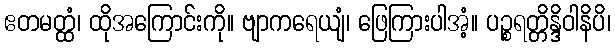
ဧတမတ္ထံ၊ ထိုအကြောင်းကို။ ဗျာကရေယျံ၊ ဖြေကြားပါအံ့။ ပဉ္စရတ္တိန္ဒိဝါနိပိ၊